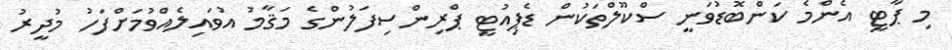
މި ޕާޓީ އެންމެ ކަންބޮޑުވަނީ ސްކޫލްތަކުން ޑެޕިއުޓީ ޕްރިންސިފަލުންގެ މަޤާމު އުވައިލެއްވުމަށްފަހު މުދީރު